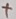
Text: +